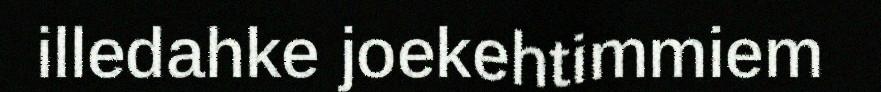
illedahke joekehtimmiem